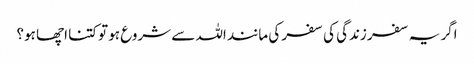
اگر یہ سفر زندگی کی سفر کی مانند اللہ سے شروع ہو تو کتنا اچھا ہو؟